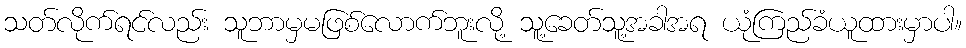
သတ်လိုက်ရင်လည်း သူဘာမှမဖြစ်လောက်ဘူးလို့ သူ့ခေတ်သူ့အခါအရ ယုံကြည်ခံယူထားမှာပါ။